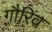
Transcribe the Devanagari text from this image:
गौरिव